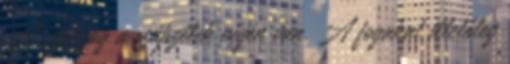
A szájszög a szájszélek végén van. A fogakat illetőleg